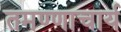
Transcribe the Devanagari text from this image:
तमण्णाचार्य